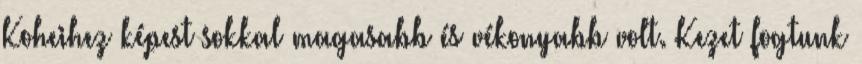
Koheihez képest sokkal magasabb és vékonyabb volt. Kezet fogtunk